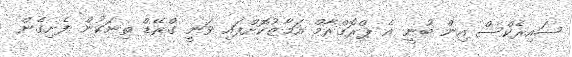
ސައިރެކްސް އިން ބުނީ އެ ޕްރޮގްރާމް އަމާޒުކޮށްފައި ވަނީ ގްރޭޑް ތިނަކުން ފެށިގެން